Civil Veterinary Department. United Provinces 1932-42 - 1932-1942
Year: 1932
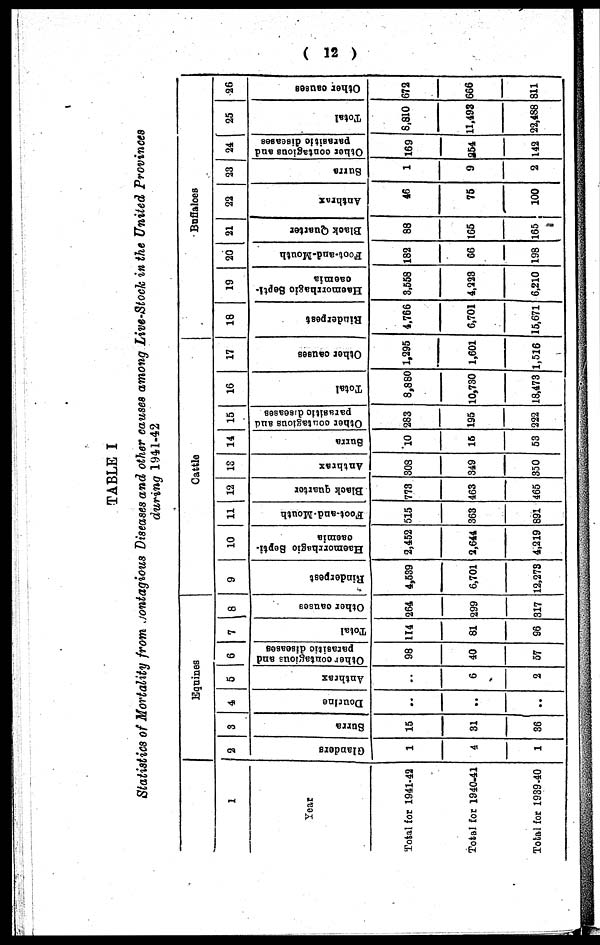
( 12 )
TABLE I
Statistics of Mortality from Contagious Diseases and other causes among Live-Stock in the United Provinces
during 1941-42
1
Year
Total for 1941-42
Total for 1940-41
Total for 1939-40
Eqnines
2
Glanders
1
4
1
3
Surra
15
31
36
4
Dourine
..
..
..
5
Anthrax
..
6
2
6
Other contagious and
parasitic diseases
98
40
57
7
Total
114
81
96
8
Other causes
264
299
317
Cattle
9
Rinderpest
4,539
6,701
12,273
10
Haemorrhagio Septi-
caemia
2,452
2,644
4,219
11
Foot-and-Mouth
515
363
891
12
Black quarter
773
463
465
13
Anthrax
308
349
350
14
Surra
10
15
53
15
Other contagious and
parasitic diseases
283
195
222
16
Total
8,880
10,730
18,473
17
Other causes
1,295
1,601
1,516
Buffaloes
18
Rinderpest
4,766
6,701
15,671
19
Haemorrhagic Septi-
caemia
3,558
4,223
6,210
20
Foot-and-Mouth
182
66
198
21
Black Quarter
88
165
165
22
Anthrax
46
75
100
23
Surra
1
9
2
24
Other contagious and
parasitic diseases
169
254
142
25
Total
8,810
11,493
22,488
26
Other causes
672
666
811